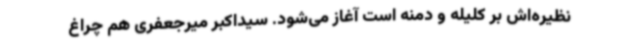
نظیره‌اش بر کلیله و دمنه است آغاز می‌شود. سیداکبر میرجعفری هم چراغ